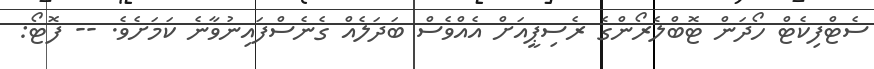
ސެޓްފިކެޓް ހޯދަން ޓޮބްލެރޯންގެ ރެސިޕީއަށް އެއްވެސް ބަދަލެއް ގެނެސްފައިނުވާނެ ކަމަށެވެ. -- ފޮޓޯ: